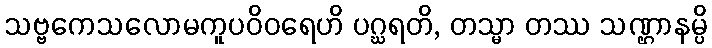
သဗ္ဗကေသလောမကူပဝိဝရေဟိ ပဂ္ဃရတိ, တသ္မာ တဿ သဏ္ဌာနမ္ပိ